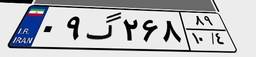
۹۲گ۶۳۱۱۵